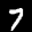
Label: 7